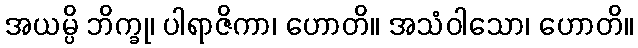
အယမ္ပိ ဘိက္ခု၊ ပါရာဇိကာ၊ ဟောတိ။ အသံဝါသော၊ ဟောတိ။